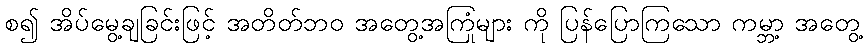
စ၍ အိပ်မွေ့ချခြင်းဖြင့် အတိတ်ဘဝ အတွေ့အကြုံများ ကို ပြန်ပြောကြသော ကမ္ဘာ့ အတွေ့